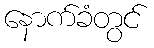
နောက်ခံတွင်